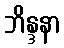
ဘိန္ဒနာ